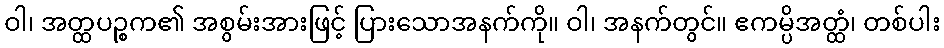
ဝါ၊ အတ္ထပဉ္စက၏ အစွမ်းအားဖြင့် ပြားသောအနက်ကို။ ဝါ၊ အနက်တွင်။ ဧကမ္ပိအတ္ထံ၊ တစ်ပါး